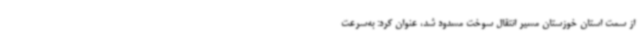
از سمت استان خوزستان مسیر انتقال سوخت مسدود شد، عنوان کرد: به‌سرعت